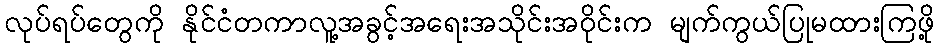
လုပ်ရပ်တွေကို နိုင်ငံတကာလူ့အခွင့်အရေးအသိုင်းအဝိုင်းက မျက်ကွယ်ပြုမထားကြဖို့